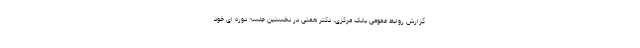
گزارش روابط عمومی بانک مرکزی، دکتر همتی در نخستین جلسه دوره ای خود